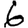
Digit: 6